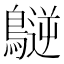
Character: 𪄧